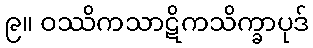
၉။ ဝဿိကသာဋိကသိက္ခာပုဒ်